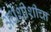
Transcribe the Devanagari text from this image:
अर्धशीशीचा